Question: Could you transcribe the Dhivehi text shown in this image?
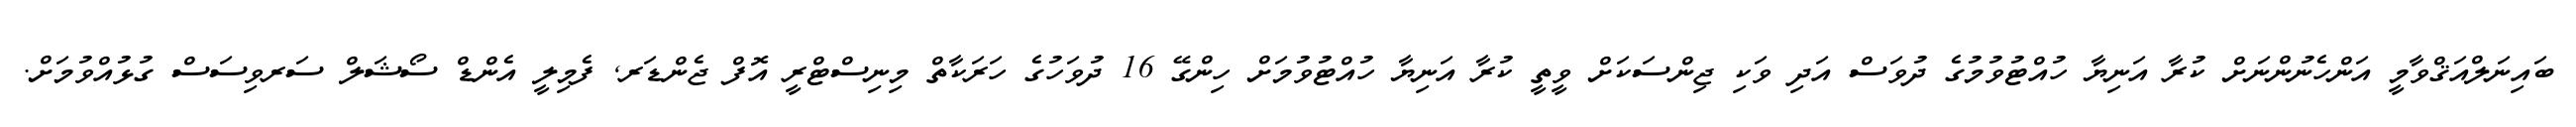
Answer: ބައިނަލްއަޤްވާމީ އަންހެނުންނަށް ކުރާ އަނިޔާ ހުއްޓުވުމުގެ ދުވަސް އަދި ވަކި ޖިންސަކަށް ވީތީ ކުރާ އަނިޔާ ހުއްޓުވުމަށް ހިންގޭ 16 ދުވަހުގެ ހަރަކާތް މިނިސްޓްރީ އޮފް ޖެންޑަރ, ފެމިލީ އެންޑް ސޯޝަލް ސަރވިސަސް ގުޅުއްވުމަށް.